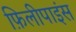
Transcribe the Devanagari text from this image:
फ़िलीपाइंस